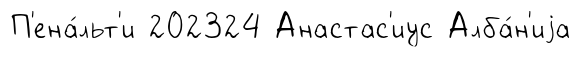
П'ена́льт'и 202324 Анастас'иус Алба́н'иjа